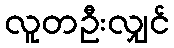
လူတဦးလျှင်